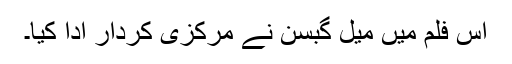
اس فلم میں میل گبسن نے مرکزی کردار ادا کیا۔